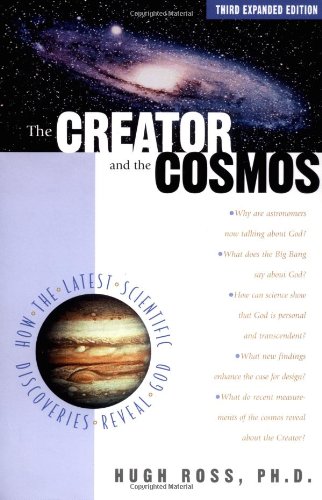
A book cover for The Creator and the Cosmos: How the Latest Scientific Discoveries of the Century Reveal God; Hugh Ross; Science & Math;